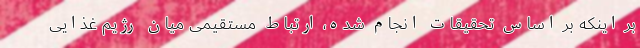
بر اینکه بر اساس تحقیقات انجام شده، ارتباط مستقیمی‌ میان رژیم غذایی